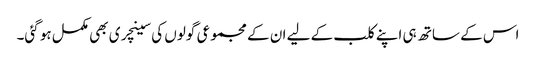
اس کے ساتھ ہی اپنے کلب کے لیے ان کے مجموعی گولوں کی سینچری بھی مکمل ہو گئی۔